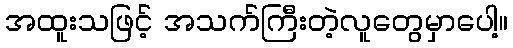
အထူးသဖြင့် အသက်ကြီးတဲ့လူတွေမှာပေါ့။